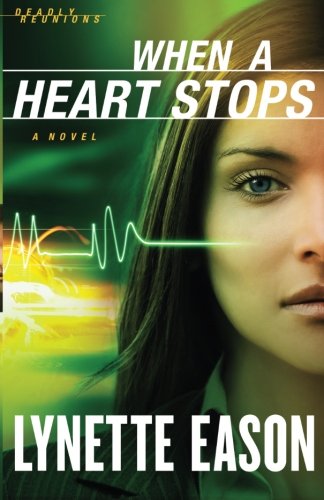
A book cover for When a Heart Stops: A Novel (Deadly Reunions) (Volume 2); Lynette Eason; Romance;